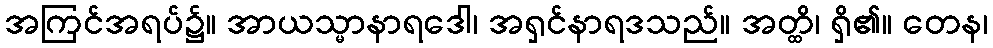
အကြင်အရပ်၌။ အာယသ္မာနာရဒေါ၊ အရှင်နာရဒသည်။ အတ္ထိ၊ ရှိ၏။ တေန၊